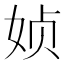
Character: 𰌂